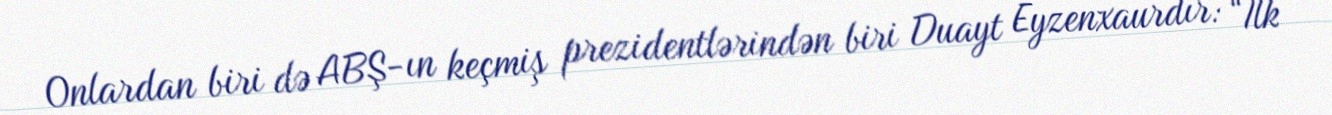
Onlardan biri də ABŞ-ın keçmiş prezidentlərindən biri Duayt Eyzenxaurdır: “İlk